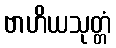
ဗာဟိယသုတ္တံ